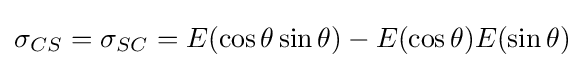
\sigma _{CS}=\sigma _{SC}=E(\cos \theta \sin \theta )-E(\cos \theta )E(\sin \theta )